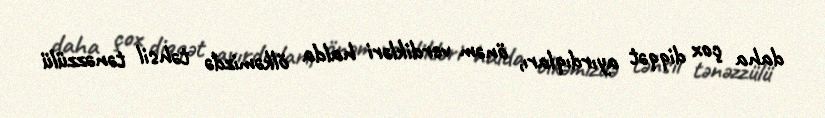
daha çox diqqət ayırdıqları, önəm verdikləri halda ölkəmizdə təhsil tənəzzülü